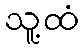
သူ့ထံ